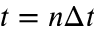
t = n \Delta t